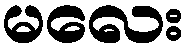
မလေး